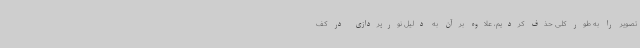
تصویر را به طور کلی حذف کردیم، علاوه برآن به دلیل نورپردازی در کف